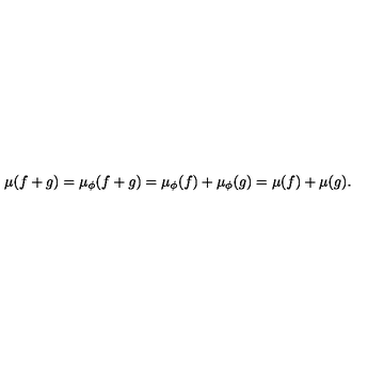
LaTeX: \mu ( f + g ) = \mu _ { \phi } ( f + g ) = \mu _ { \phi } ( f ) + \mu _ { \phi } ( g ) = \mu ( f ) + \mu ( g ) .